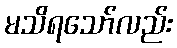
မသိရသော်လည်း